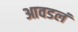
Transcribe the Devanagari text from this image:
आवडलं